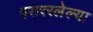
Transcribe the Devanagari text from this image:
पसररलेल्या